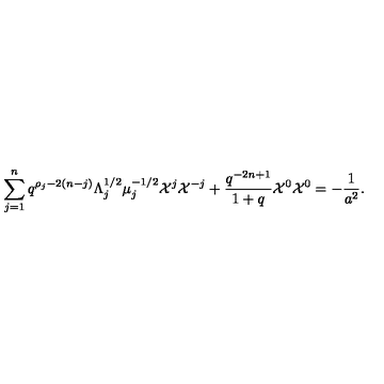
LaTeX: \sum _ { j = 1 } ^ { n } q ^ { \rho _ { j } - 2 ( n - j ) } \Lambda _ { j } ^ { 1 / 2 } \mu _ { j } ^ { - 1 / 2 } { \cal X } ^ { j } { \cal X } ^ { - j } + \frac { q ^ { - 2 n + 1 } } { 1 + q } { \cal X } ^ { 0 } { \cal X } ^ { 0 } = - \frac { 1 } { a ^ { 2 } } .